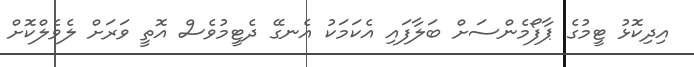
އިދިކޮޅު ޓީމުގެ ޕާފޯމެންސަށް ބަލާފައި އެކަމަކު އެނގޭ ދެޓީމުވެސް އޮތީ ވަރަށް ލެވެލްކޮށް